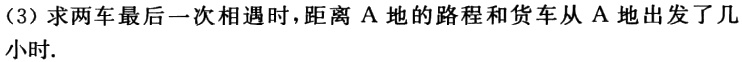
（3）求两车最后一次相遇时，距离 A 地的路程和货车从 A 地出发了几